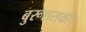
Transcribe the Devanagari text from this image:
बुरूशसकी।